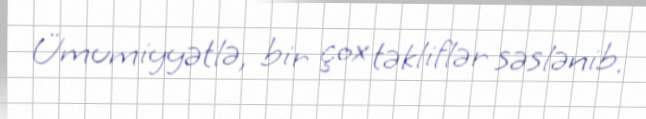
Ümumiyyətlə, bir çox təkliflər səslənib.